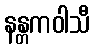
နန္တကဝါသီ